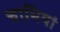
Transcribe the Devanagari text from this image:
चाभियां